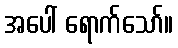
အပေါ် ရောက်သော်။